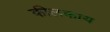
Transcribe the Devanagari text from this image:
कीलकाय